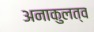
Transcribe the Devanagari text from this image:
अनाकुलत्व